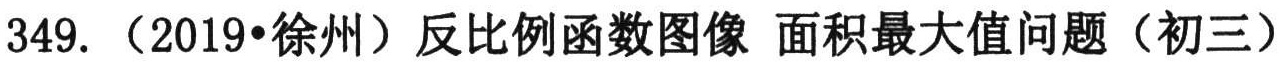
349. （2019•徐州）反比例函数图像 面积最大值问题（初三）